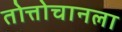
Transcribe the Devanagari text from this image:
तोत्तोचानला